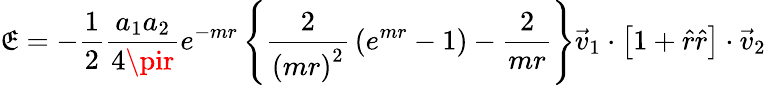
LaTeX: \mathfrak{E}=-{\frac{{1}}{{2}}}{\frac{{a_{1}a_{2}}}{{4\pir}}}e^{-mr}\left\{ {\frac{{2}}{{\left(mr\right)^{2}}}}\left(e^{mr}-1\right)-{\frac{{2}}{{mr}}}\right\} {\vec{{v}}}_{1}\cdot\left[1+{\hat{{r}}}{\hat{{r}}}\right]\cdot{\vec{{v}}}_{2}